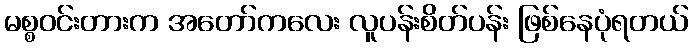
မစ္စဝင်းတားက အတော်ကလေး လူပန်းစိတ်ပန်း ဖြစ်နေပုံရတယ်